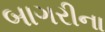
બાગરીના